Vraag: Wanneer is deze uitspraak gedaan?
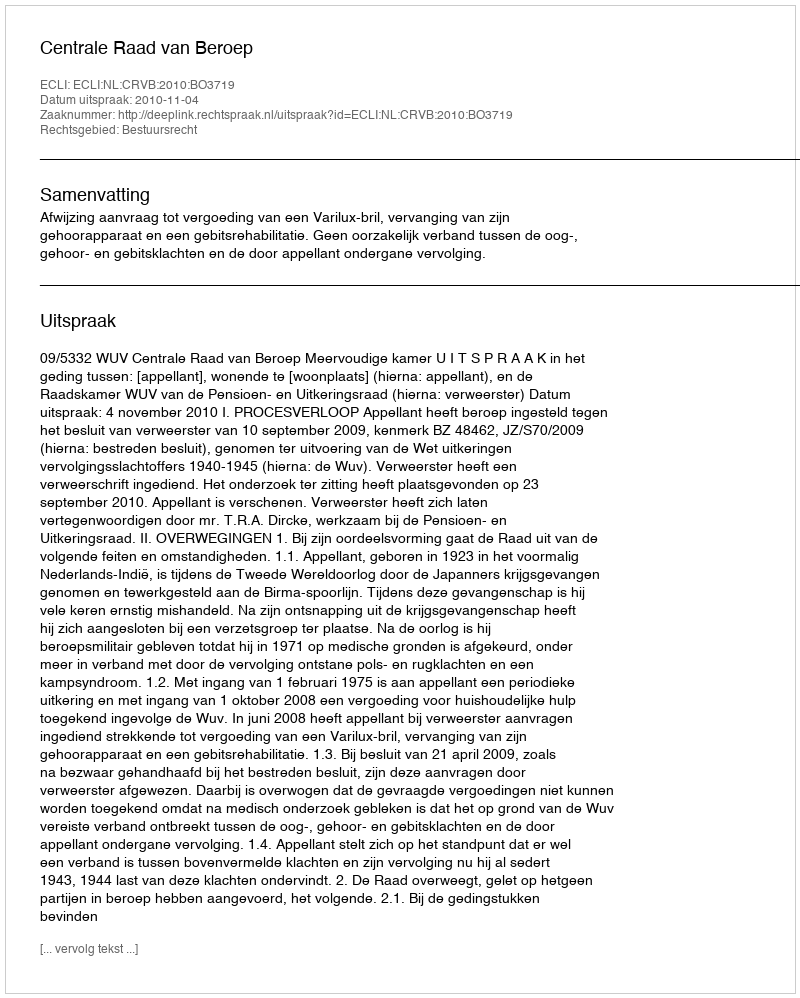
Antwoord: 2010-11-04